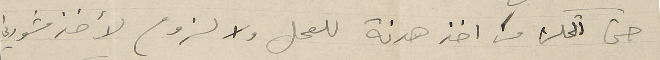
حتى اتمكن من اخذ هدنة للعمل ولا لزوم لأخذ مشورتي